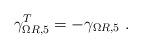
LaTeX: \begin{align*}\gamma_{\Omega R,5}^T=-\gamma_{\Omega R,5}~.\end{align*}